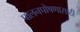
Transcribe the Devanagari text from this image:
पालनपोषणासाठी